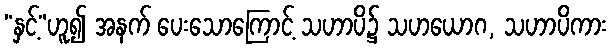
“နှင့်”ဟူ၍ အနက် ပေးသောကြောင့် သဟာပိ၌ သဟယောဂ, သဟာပိကား